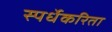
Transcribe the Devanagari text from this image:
स्पर्धेकरिता